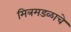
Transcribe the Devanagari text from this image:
मित्रमडळाचे